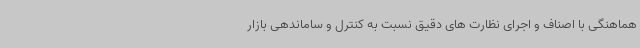
هماهنگی با اصناف و اجرای نظارت های دقیق نسبت به کنترل و ساماندهی بازار